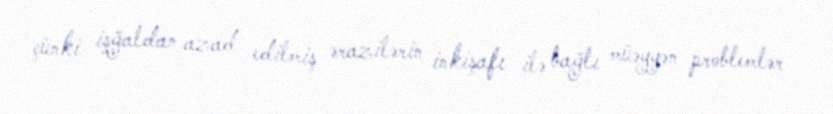
çünki işğaldan azad edilmiş ərazilərin inkişafı ilə bağlı müəyyən problemlər